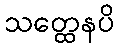
သတ္ထေနပိ